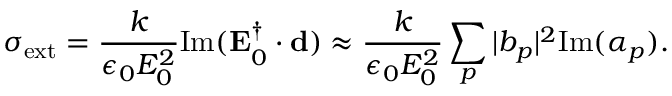
\sigma _ { \mathrm { e x t } } = \frac { k } { \epsilon _ { 0 } E _ { 0 } ^ { 2 } } \mathrm { I m } ( \mathbf { E } _ { 0 } ^ { \dagger } \cdot \mathbf { d } ) \approx \frac { k } { \epsilon _ { 0 } E _ { 0 } ^ { 2 } } \sum _ { p } \vert b _ { p } \vert ^ { 2 } \mathrm { I m } ( \alpha _ { p } ) .